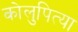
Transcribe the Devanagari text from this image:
कोलुपित्या